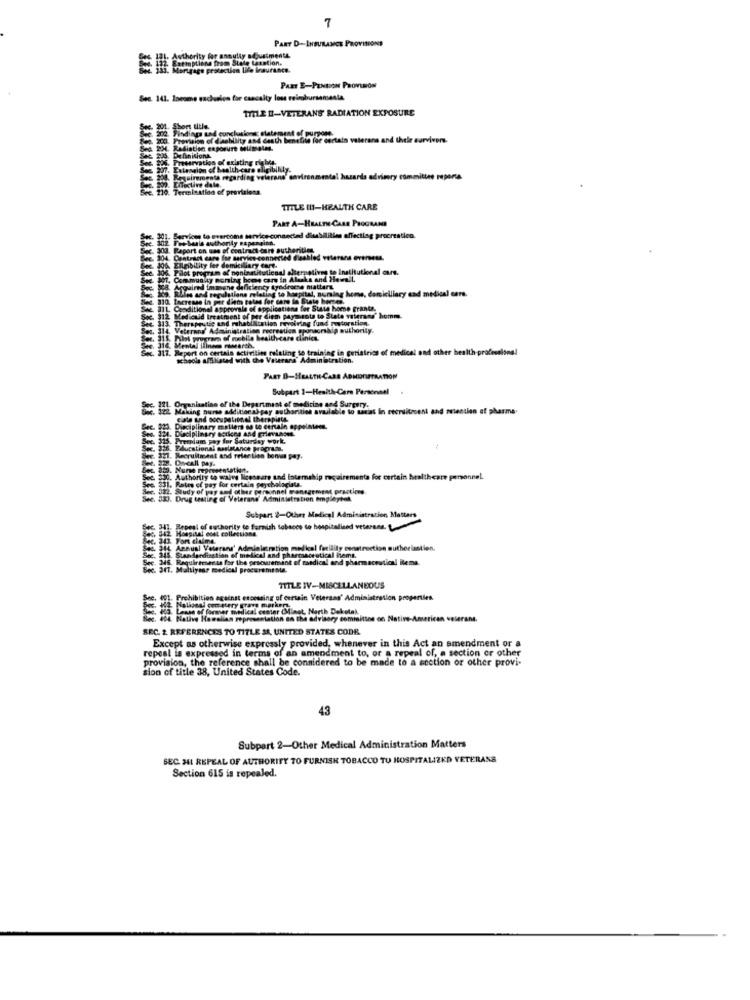
7
PART D-INSURANCE PROVISIONS
E I: Authority for ansully adjustments
Exemptions from Stale taxation.
Mortgage protection life Insurance.
PART E-PENSION PROVISION
Sec. 141. Income eachunion for cascalty los reimbursementa
TITLE H-VETERANS RADIATION EXPOSURE
202. Findinga und conclusions statement of purpose.
Ben. 200. Provision of dasbility and death benefite for certain veterans and thele survivors.
Sea 2M4. Radiation enposure Melimpies.
See 206. Definitiona
Sec. 306. Preservation of existing rights.
See 207. Extension of health-care eligibility.
Requirements regarding veterans' environmental hazards adrimry committee repena.
See. 210. Termination of provisiona.
TITLE IH-HEALTH CARE
PART A-HEALTH CARE PROGRAMS
Fes-basis authonly papanainn.
unctad disabilities affectlag procreation.
Raport on use of contract dort authorities
Contract care for service-connected dieabled veterans evenesa.
JO6. Elleibility ler domiciliary cart.
306. Pilot program of noninstitutional alternatives to Institutional ours.
301. Community moning heee care in Alsaka and Howell.
& Acquired immune deficiency tyndrsche matters.
als and regulations mla
g to hospital, nursing home, domiciliary and medical care.
Sec. 110. Increase In per diem totes for care in State bernes.
Denditional approvale of applications for State home granta.
Soc. 312 Medicaid treatment of per diem payments to State veterans' homme.
Sec. 313. Therapeutic and rehabilitation revoiring fund restoration.
Sec. 314 Veterans' Administration recreation sponsorship authority.
et var of mobile health care clinics.
4. 316, Mental ilinem mimearch.
Soc. 117. Report on certain activities relating to training in geriatrics of medical and other health professions!
schools affiliated with the Veterans Administration.
PART B-HEALTHCARE ADHDTISTRATION
Subpart 1-Health-Care Personnal
Sec. 322 Making nurse additional pay authorities available to sanat in recruitment and mention af pharme.
221. Organisation of the Department of medicine and Surgery.
Cale und occupational therapists
Sec. 820. Disciplinary maller ad te certain appelnieen.
. Disciplinary ectkes And
ayeralums pay for Saturday work.
36. Educational saslstanice prapra
in. Recruitment and retention bonus pay.
. 2. Oncall pay.
se ata. Nune mormentetion.
Soc. 330. Authority to waive liceseare and laterakip requirements for certain healthcare personnel.
Fatto of pay for certain peychologists.
. 512. Study of pay and other personnel management practices.
Sec. 3X). Drug testing of Veterans' Administration empleyhet.
Subpart 2-Other Medical Administration Matters
Sec. 341. Repeal of authority to furnish tobacco to hospitalised veterans.
Sec.
. 342 Hospital dont collections
4. 313. Fort cialme.
314 Annusi Veterani' Administration medkal facility construction authorlastien.
Sec. 345. Standardizstian of medical and pharmaceutical hems.
Sec 345. Requiresects for the procurement of medical and pharmaceutical items.
Sec. 347. Maltiyear medical procurementa.
TITLE IV-MISCELLANEOUS
rehibition against encessing of certain Veterans' Administration properties.
Lease of former medical center (Mlinet, North Dakota).
Native Howallan representation on the advisory committee on Native-American veterans.
SEC. 2. REFERENCES TO TITLE SA, UNITED STATES CODE.
Except as otherwise expressly provided, whenever in this Act an amendment or a
repeal is expressed in terms of an amendment to, or a repeal of, a section or other
provision, the reference shall be considered to be made to a section or other provi-
sion of title 38, United States Code.
43
Subpart 2-Other Medical Administration Matters
SEC. H41 REPEAL OF AUTHORITY TO FURNISH TOBACCO TU HOSPITALIZED VETERANS
Section 615 is repealed.